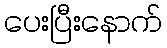
ပေးပြီးနောက်